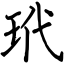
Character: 玳